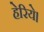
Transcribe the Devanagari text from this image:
हेरिये।